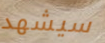
سيشهد